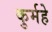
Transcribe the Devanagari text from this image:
कुर्महे